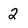
Character: 2